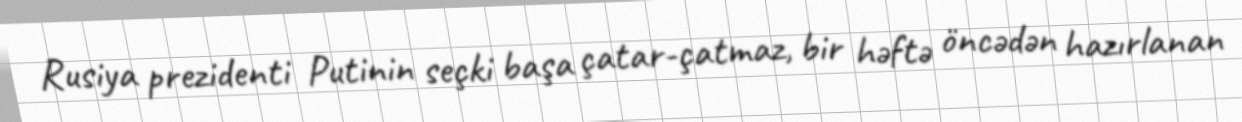
Rusiya prezidenti Putinin seçki başa çatar-çatmaz, bir həftə öncədən hazırlanan